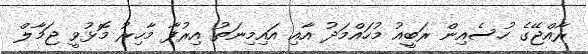
ރާއްޖޭގެ ހުސެއިން ރަބީއު މުހައްމަދު އާއި އައިމިނަތު އިރުފާ މާހިރު މޮޅުވީ ޖަމާލް